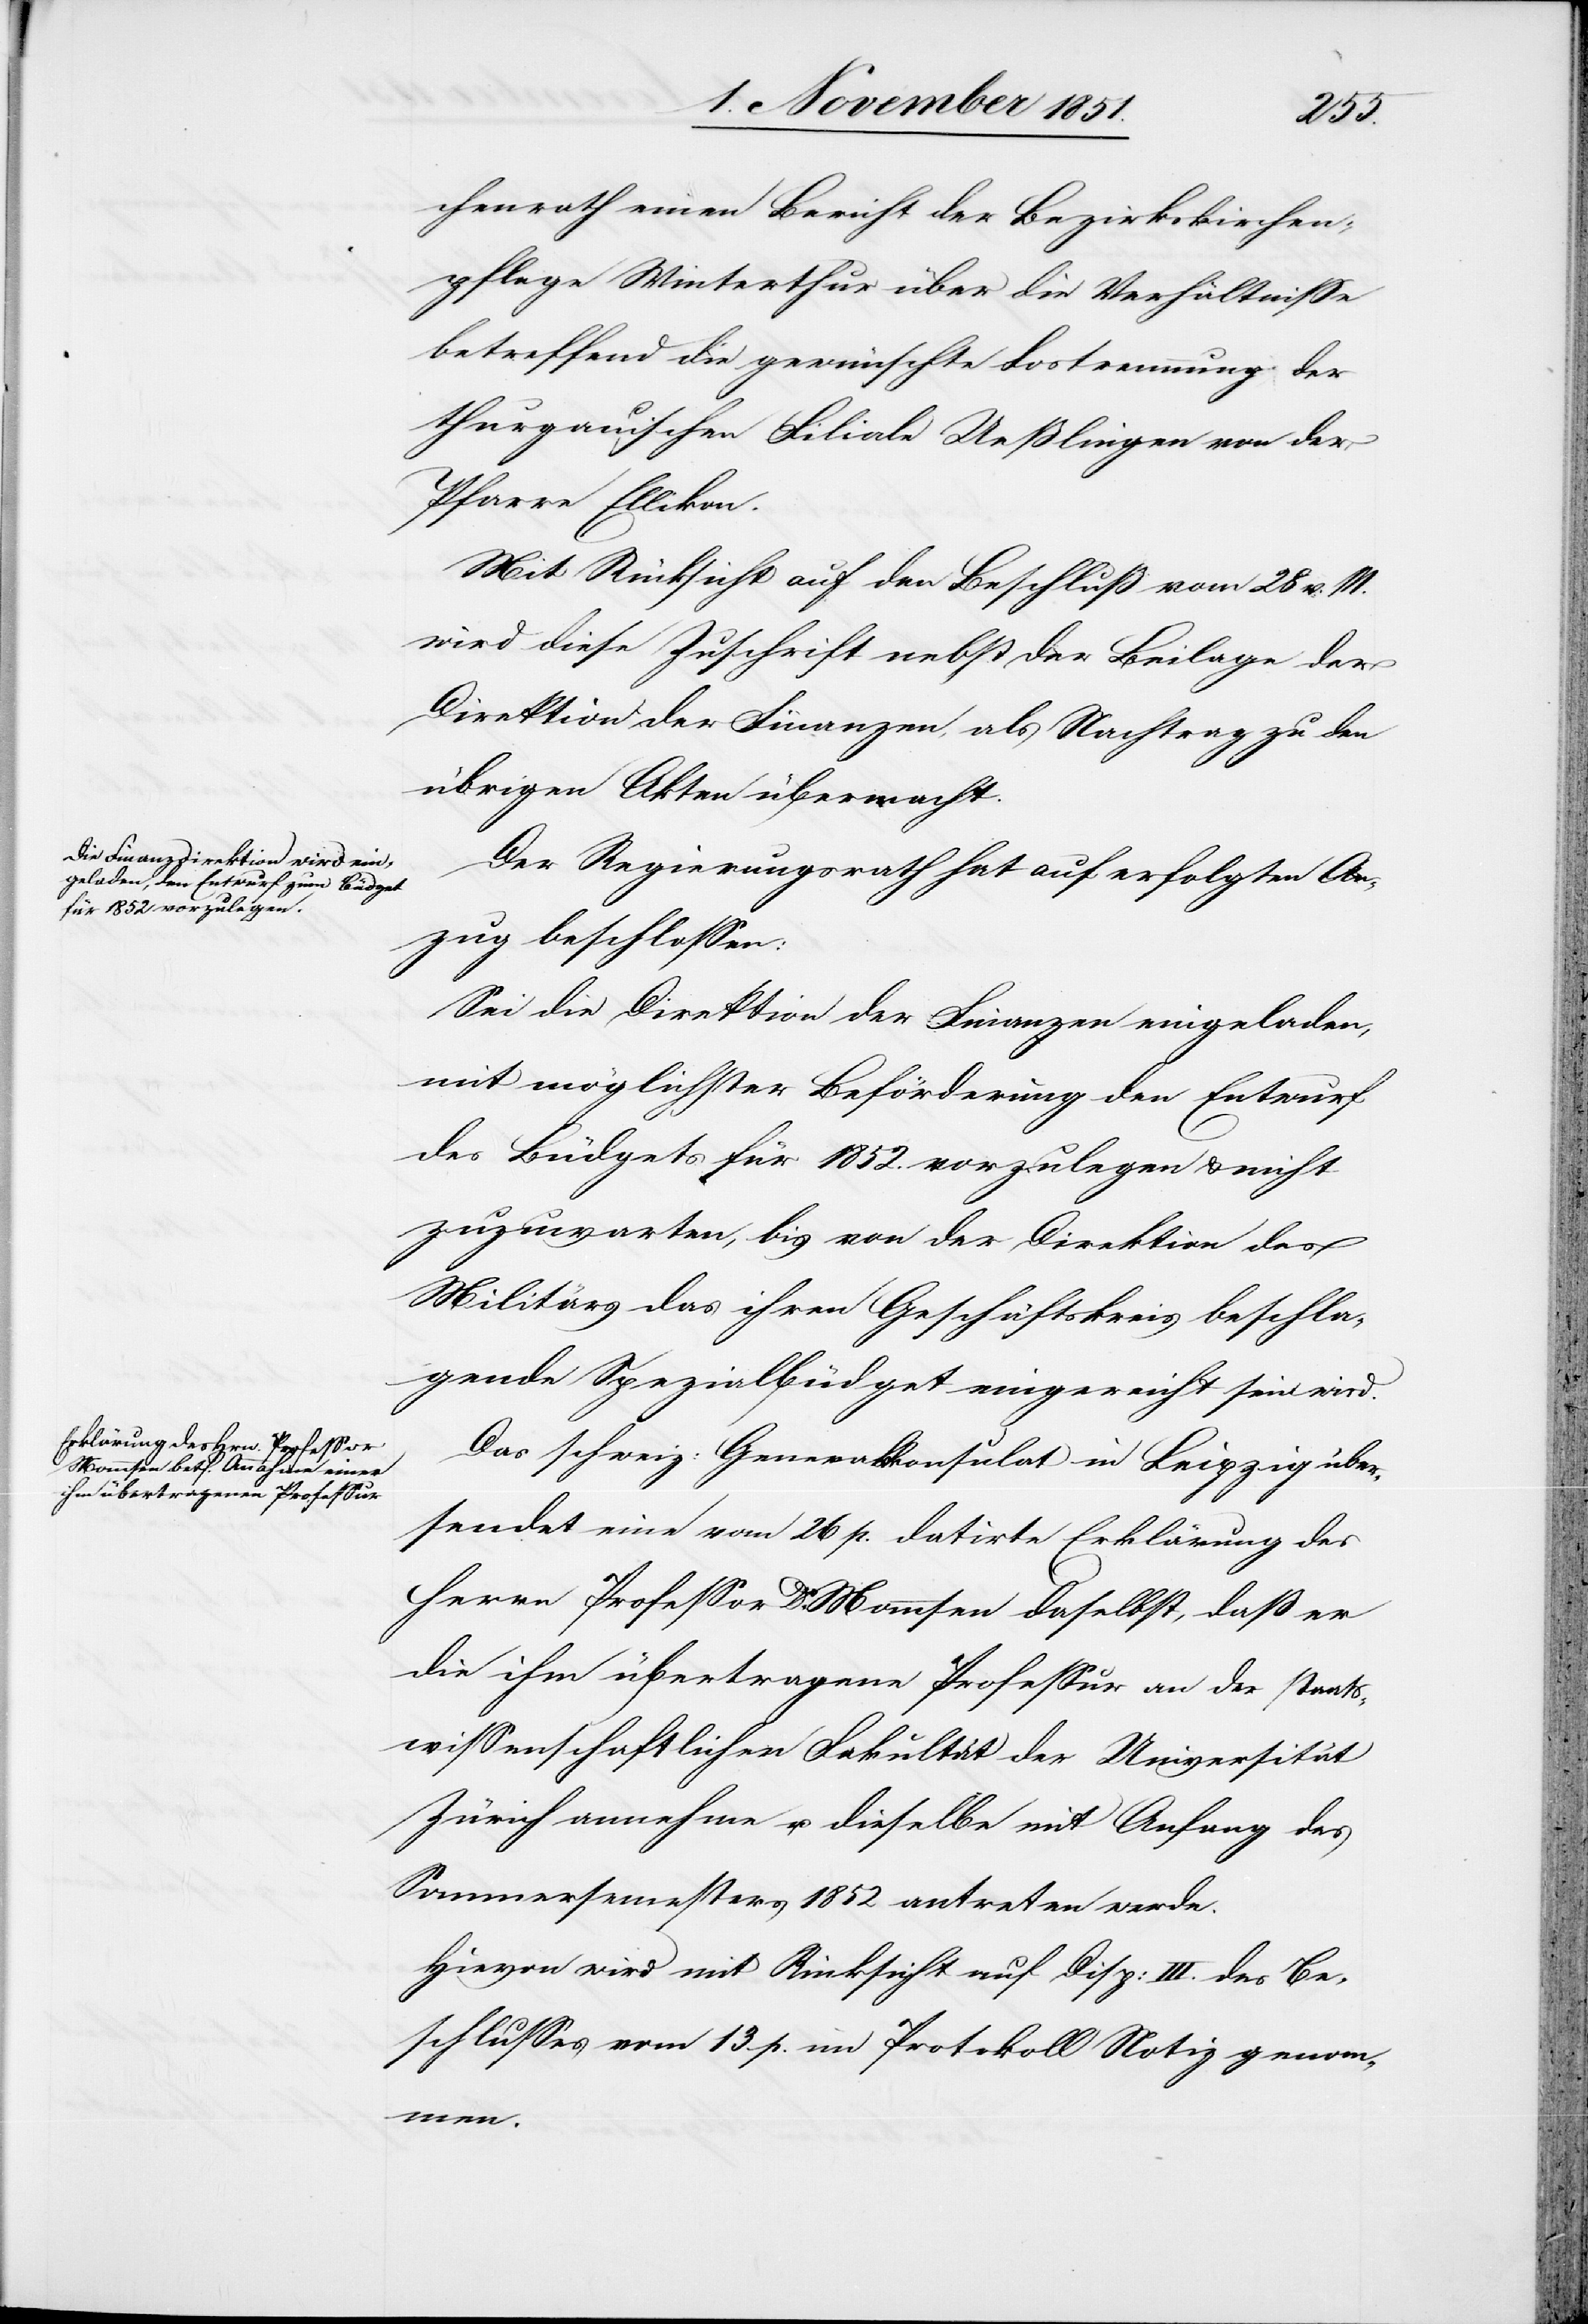
chenrath einen Bericht der Bezirkskirchen¬
pflege Winterthur über die Verhältnisse
betreffend die gewünschte Lostrennung der
thurgauischen Filiale Ueßlingen von der
Pfarre Ellikon.
Mit Rücksicht auf den Beschluß vom 28 v. M.
wird diese Zuschrift nebst der Beilage der
Direktion der Finanzen, als Nachtrag zu den
übrigen Akten übermacht.
Der Regierungsrath hat auf erfolgten An¬
zug beschlossen:
Sei die Direktion der Finanzen eingeladen,
mit möglichster Beförderung den Entwurf
des Büdgets für 1852. vorzulegen & nicht
zuzuwarten, bis von der Direktion des
Militärs das ihren Geschäftskreis beschla¬
gende Spezialbüdget eingereicht sein wird.
Das schweiz: Generalkonsulat in Leipzig über¬
sendet eine vom 26 p. datirte Erklärung des
Herrn Professor Dr Mommsen daselbst, daß er
die ihm übertragene Professur an der staats¬
wissenschaftlichen Fakultät der Universität
Zürich annehme u. dieselbe mit Anfang des
Sommersemesters 1852 antreten werde.
Hievon wird mit Rücksicht auf Disp: III. des Be¬
schlusses vom 13 p. im Protokoll Notiz genomm¬
en.